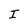
Character: I